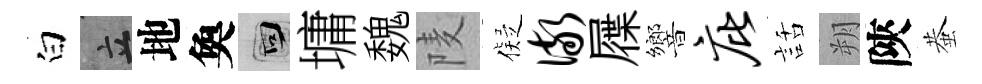
白立地奐回墉魏𨹧儗儆屧響庇話朔陝蛬